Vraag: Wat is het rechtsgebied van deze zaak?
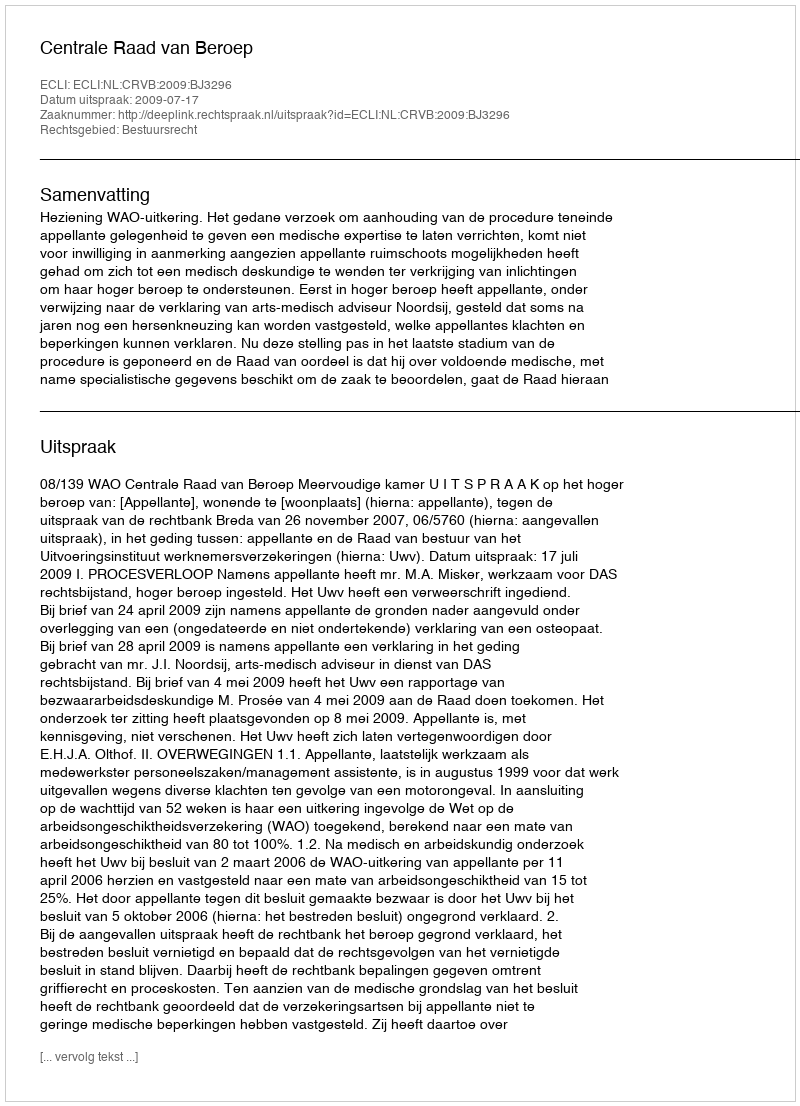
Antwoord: Bestuursrecht